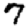
Digit: 7